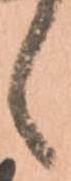
候